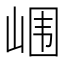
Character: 𰎢